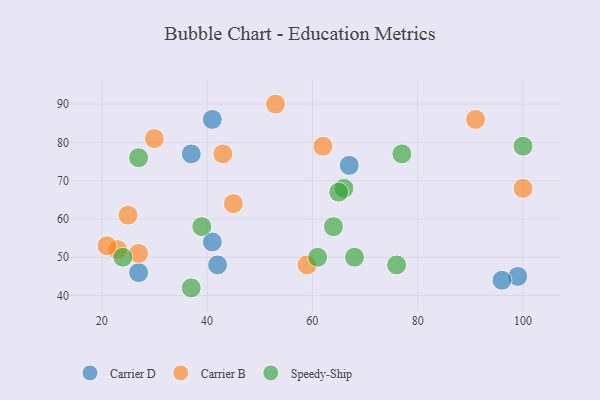
{"axis": {"x": "GDP", "y": "Life Expectancy"}, "legend": ["Carrier B", "Carrier D", "Speedy-Ship"], "data": [{"x": "37", "y": 77, "type": "Carrier D"}, {"x": "41", "y": 54, "type": "Carrier D"}, {"x": "99", "y": 45, "type": "Carrier D"}, {"x": "27", "y": 46, "type": "Carrier D"}, {"x": "42", "y": 48, "type": "Carrier D"}, {"x": "67", "y": 74, "type": "Carrier D"}, {"x": "41", "y": 86, "type": "Carrier D"}, {"x": "96", "y": 44, "type": "Carrier D"}, {"x": "59", "y": 48, "type": "Carrier B"}, {"x": "23", "y": 52, "type": "Carrier B"}, {"x": "53", "y": 90, "type": "Carrier B"}, {"x": "30", "y": 81, "type": "Carrier B"}, {"x": "62", "y": 79, "type": "Carrier B"}, {"x": "21", "y": 53, "type": "Carrier B"}, {"x": "25", "y": 61, "type": "Carrier B"}, {"x": "43", "y": 77, "type": "Carrier B"}, {"x": "45", "y": 64, "type": "Carrier B"}, {"x": "100", "y": 68, "type": "Carrier B"}, {"x": "27", "y": 51, "type": "Carrier B"}, {"x": "91", "y": 86, "type": "Carrier B"}, {"x": "37", "y": 42, "type": "Speedy-Ship"}, {"x": "77", "y": 77, "type": "Speedy-Ship"}, {"x": "100", "y": 79, "type": "Speedy-Ship"}, {"x": "68", "y": 50, "type": "Speedy-Ship"}, {"x": "64", "y": 58, "type": "Speedy-Ship"}, {"x": "76", "y": 48, "type": "Speedy-Ship"}, {"x": "61", "y": 50, "type": "Speedy-Ship"}, {"x": "27", "y": 76, "type": "Speedy-Ship"}, {"x": "24", "y": 50, "type": "Speedy-Ship"}, {"x": "39", "y": 58, "type": "Speedy-Ship"}, {"x": "66", "y": 68, "type": "Speedy-Ship"}, {"x": "65", "y": 67, "type": "Speedy-Ship"}]}